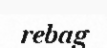
rebag